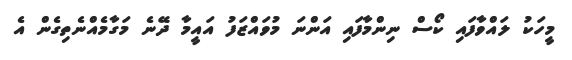
މީހަކު ލައްވާފައި ކޯސް ނިންމާފައި އަންނަ މުވައްޒަފު އައީމާ ދޭނެ މަގާމެއްނެތިގެން އެ